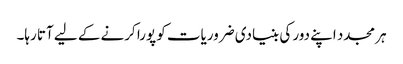
ہر مجدد اپنے دور کی بنیادی ضروریات کو پورا کرنے کے لیے آتا رہا۔